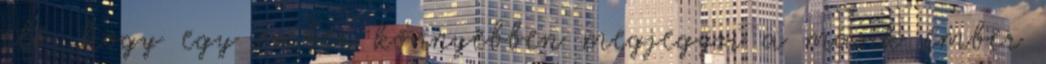
elő, hogy egy ember könnyebben megjegyzi a másik ember